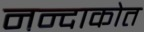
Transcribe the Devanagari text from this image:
नन्दाकोत